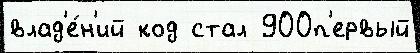
влад'е́н'ий код стал 900п'ервый